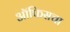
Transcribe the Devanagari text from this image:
ऑफिसचा